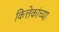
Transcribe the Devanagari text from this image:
कित्तेकांच्या